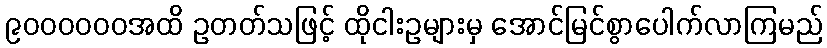
၉၀၀၀၀၀၀အထိ ဥတတ်သဖြင့် ထိုငါးဥများမှ အောင်မြင်စွာပေါက်လာကြမည်